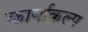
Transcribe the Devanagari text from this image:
कार्याकल्प